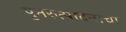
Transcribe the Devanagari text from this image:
पुनरुत्पादनाचा